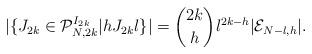
LaTeX: \begin{align*}|\{J_{2k} \in \mathcal{P}_{N, 2k}^{I_{2k}} \vert h J_{2k} l\}|=\binom{2k}{h} l^{2k-h}|\mathcal{E}_{N-l, h}|.\end{align*}